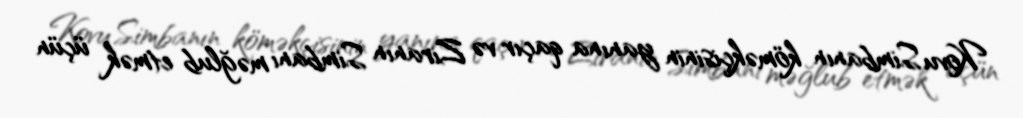
Kovu Simbanın köməkçisinin yanına qaçır və Ziranın Simbanı məğlub etmək üçün